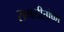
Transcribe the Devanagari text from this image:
समशीतोष्‍ण